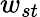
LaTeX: w_{st}